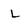
Character: L